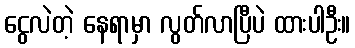
ငွေလဲတဲ့ နေရာမှာ လွတ်လာပြီပဲ ထားပါဦး။